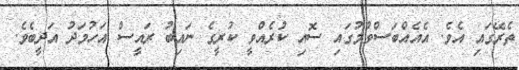
ތެރޭގައި އެވެ. އެއެއްބަސްވުމުގައި ސޮއި ކުރެއްވީ ކުރީގެ ނައިބު ރައީސް އަހުމަދު އަދީބެވެ.